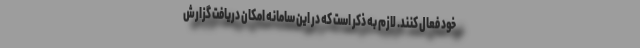
خود فعال کنند. لازم به ذکر است که در این سامانه امکان دریافت گزارش